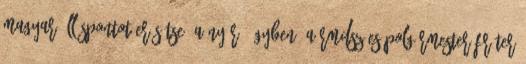
magyar álláspontot erősítse” a Nyírő-ügyben. A RMDSZ-es polgármester Fráter